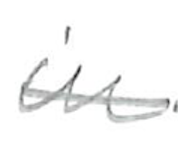
Text: in
Cross-out: mix
Writing tool: pencil